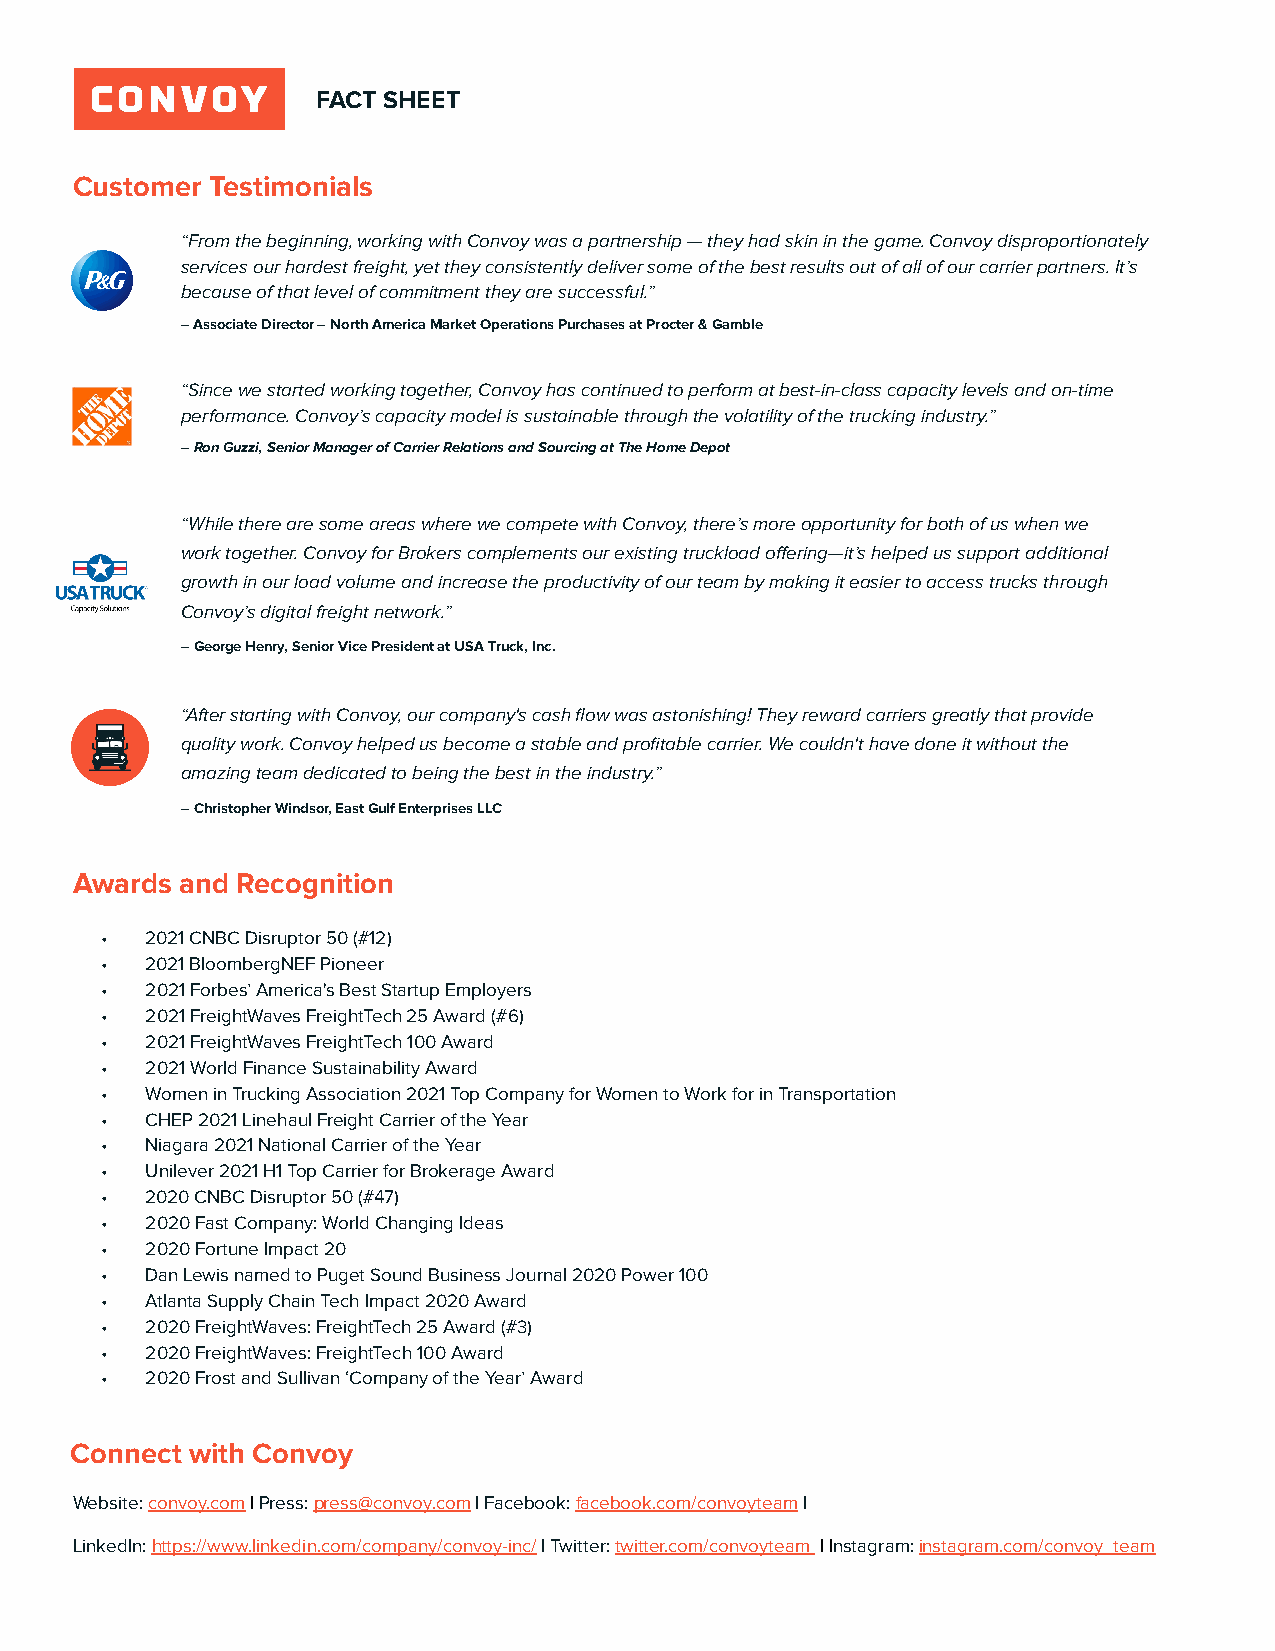
FACT SHEET
 Customer Testimonials
 “From the beginning, working with Convoy was a partnership — they had skin in the game. Convoy disproportionately
 services our hardest freight, yet they consistently deliver some of the best results out of all of our carrier partners. It’s
 because of that level of commitment they are successful.”
 – Associate Director – North America Market Operations Purchases at Procter & Gamble
 “Since we started working together, Convoy has continued to perform at best-in-class capacity levels and on-time
 performance. Convoy’s capacity model is sustainable through the volatility of the trucking industry.”
 – Ron Guzzi, Senior Manager of Carrier Relations and Sourcing at The Home Depot
 “While there are some areas where we compete with Convoy, there’s more opportunity for both of us when we
 work together. Convoy for Brokers complements our existing truckload offering—it’s helped us support additional
 growth in our load volume and increase the productivity of our team by making it easier to access trucks through
 Convoy’s digital freight network.”
 – George Henry, Senior Vice President at USA Truck, Inc.
 “After starting with Convoy, our company's cash flow was astonishing! They reward carriers greatly that provide
 quality work. Convoy helped us become a stable and profitable carrier. We couldn't have done it without the
 amazing team dedicated to being the best in the industry.”
 – Christopher Windsor, East Gulf Enterprises LLC
 Awards and Recognition
 •  2021 CNBC Disruptor 50 (#12)
 •  2021 BloombergNEF Pioneer
 •  2021 Forbes’ America's Best Startup Employers
 •  2021 FreightWaves FreightTech 25 Award (#6)
 •  2021 FreightWaves FreightTech 100 Award
 •  2021 World Finance Sustainability Award
 •  Women in Trucking Association 2021 Top Company for Women to Work for in Transportation
 •  CHEP 2021 Linehaul Freight Carrier of the Year
 •  Niagara 2021 National Carrier of the Year
 •  Unilever 2021 H1 Top Carrier for Brokerage Award
 •  2020 CNBC Disruptor 50 (#47)
 •  2020 Fast Company: World Changing Ideas
 •  2020 Fortune Impact 20
 •  Dan Lewis named to Puget Sound Business Journal 2020 Power 100
 •  Atlanta Supply Chain Tech Impact 2020 Award
 •  2020 FreightWaves: FreightTech 25 Award (#3)
 •  2020 FreightWaves: FreightTech 100 Award
 •  2020 Frost and Sullivan ‘Company of the Year’ Award
 Connect with Convoy
 Website: convoy.com | Press: press@convoy.com | Facebook: facebook.com/convoyteam |
 LinkedIn: https://www.linkedin.com/company/convoy-inc/ | Twitter: twitter.com/convoyteam | Instagram: instagram.com/convoy_team